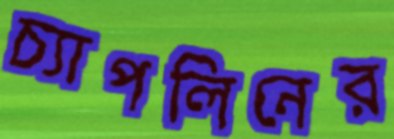
চ্যাপলিনের